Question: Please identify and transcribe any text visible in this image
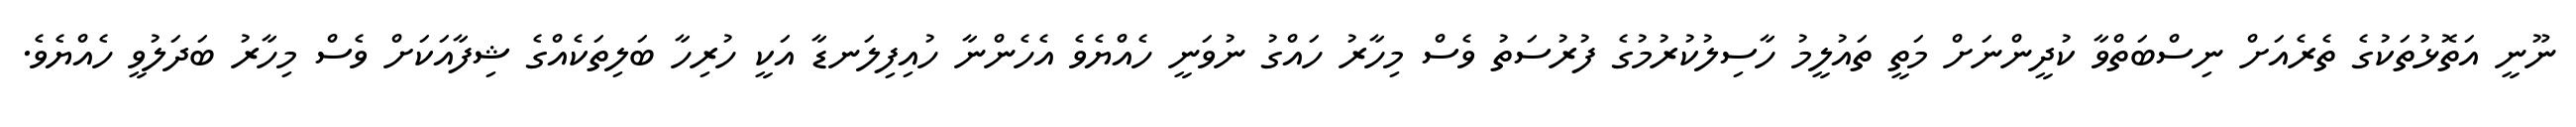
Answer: ނޫނީ އަތޮޅުތަކުގެ ތެރެއަށް ނިސްބަތްވާ ކުދީންނަށް މަތީ ތައުލީމު ހާސިލުކުރުމުގެ ފުރުސަތު ވެސް މިހާރު ހައްގު ނުވަނީ ހެއްޔެވެ އެހެންނާ ހުއިފިލަނޑާ އަކީ ހުރިހާ ބަލިތަކެއްގެ ޝިފާއަކަށް ވެސް މިހާރު ބަދަލުވީ ހެއްޔެވެ.